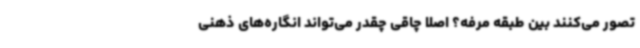
تصور می‌کنند بین طبقه مرفه؟ اصلاً چاقی چقدر می‌تواند انگاره‌های ذهنی